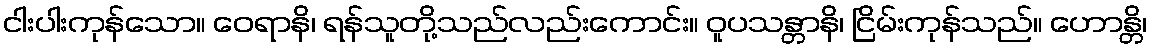
ငါးပါးကုန်သော။ ဝေရာနိ၊ ရန်သူတို့သည်လည်းကောင်း။ ဝူပသန္တာနိ၊ ငြိမ်းကုန်သည်။ ဟောန္တိ၊